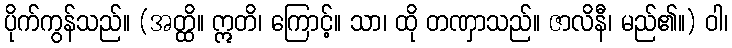
ပိုက်ကွန်သည်။ (အတ္ထိ။ ဣတိ၊ ကြောင့်။ သာ၊ ထို တဏှာသည်။ ဇာလိနီ၊ မည်၏။) ဝါ၊